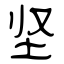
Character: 坚